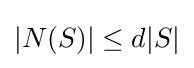
|N(S)|\leq d|S|